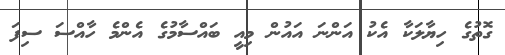
ގޮތުގެ ހިޔާލަކާ އެކު އަންނަ އައުން މިއީ ބައްސާމުގެ އެންމެ ހާއްސަ ސިފަ